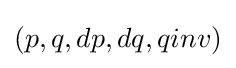
(p,q,dp,dq,qinv)